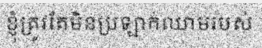
ខ្ញុំត្រូវតែមិនប្រឡាក់ឈាមរបស់